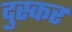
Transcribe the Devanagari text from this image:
दुस्कर